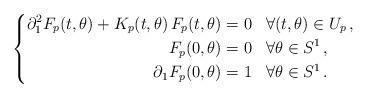
LaTeX: \begin{align*}\left\{\begin{aligned} \partial_1^2 F_{p}(t,\theta) + K_p(t,\theta) \, F_p(t,\theta) &= 0 && \forall (t,\theta) \in U_p \,, \\ F_p(0,\theta) &= 0 && \forall \theta \in S^1 \,, \\ \partial_1 F_{p}(0,\theta) &= 1 && \forall \theta \in S^1 \,.\end{aligned}\right.\end{align*}